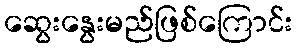
ဆွေးနွေးမည်ဖြစ်ကြောင်း